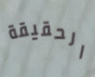
الحقيقة